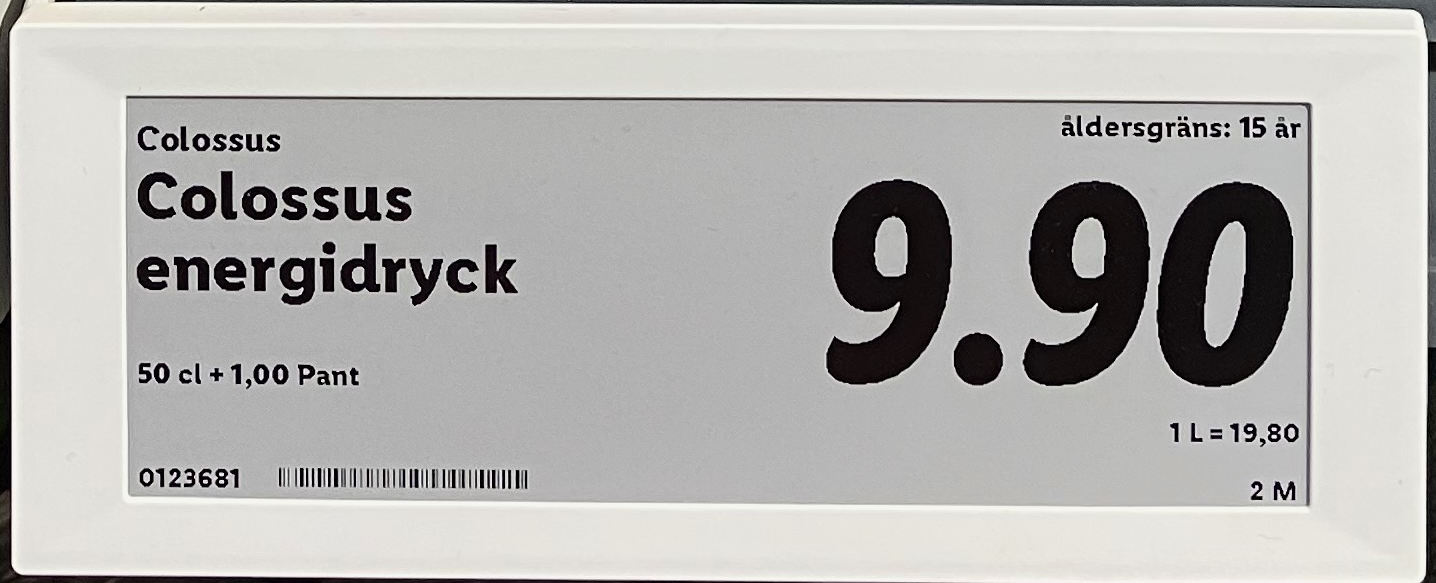
Vara: Colossus energidryck
Genomsnittspris: 19.8 per L